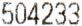
504233